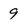
Character: 9